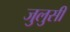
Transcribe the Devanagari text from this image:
जुलुसी